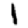
Digit: 1